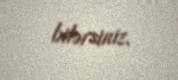
bilərsiniz.